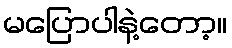
မပြောပါနဲ့တော့။